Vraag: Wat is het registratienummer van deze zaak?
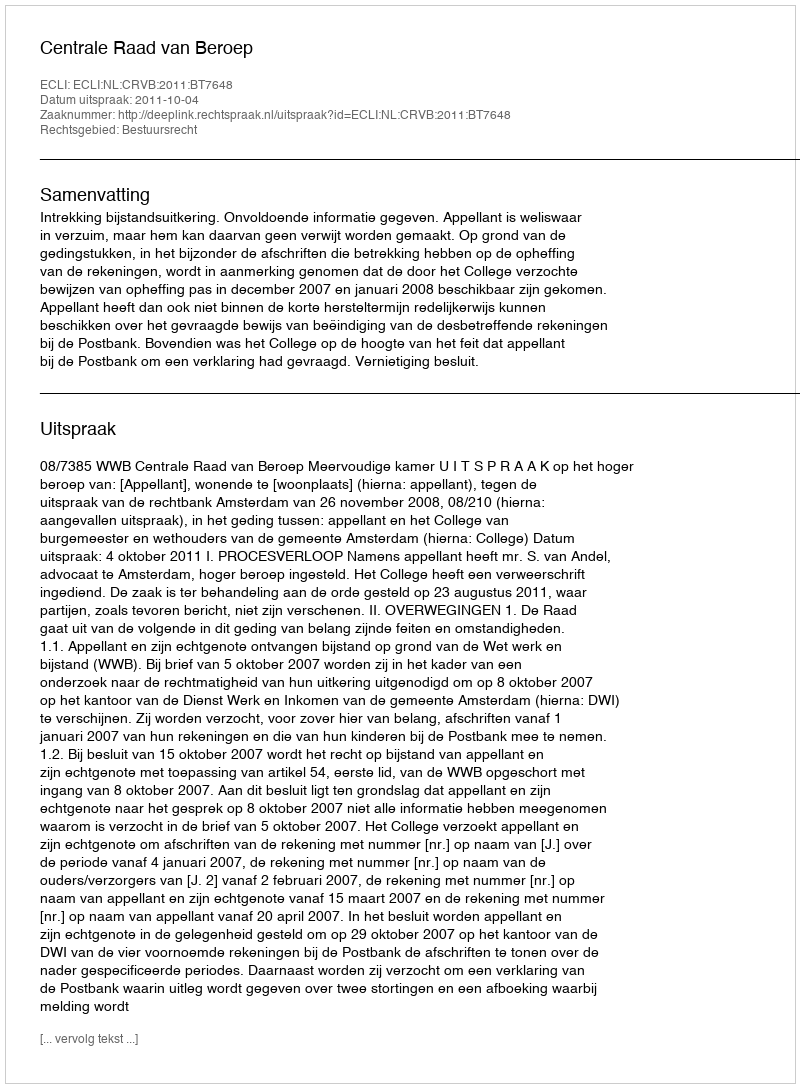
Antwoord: http://deeplink.rechtspraak.nl/uitspraak?id=ECLI:NL:CRVB:2011:BT7648